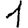
Digit: 1